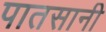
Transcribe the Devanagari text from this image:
पातसानी